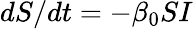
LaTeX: dS/dt=-\beta_{0}SI